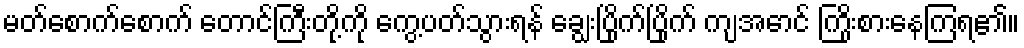
မတ်စောက်စောက် တောင်ကြီးတို့ကို ကွေ့ပတ်သွားရန် ချွေးပြိုက်ပြိုက် ကျအောင် ကြိုးစားနေကြရ၏။